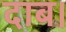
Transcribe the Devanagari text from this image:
दाब।